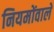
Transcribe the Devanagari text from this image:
नियमोंवाले